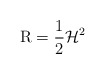
\begin{align*}\operatorname{R}=\frac{1}{2}\mathcal{H}^2\end{align*}